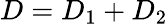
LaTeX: D=D_{1}+D_{2}